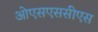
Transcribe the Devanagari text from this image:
ओएसएससीएस